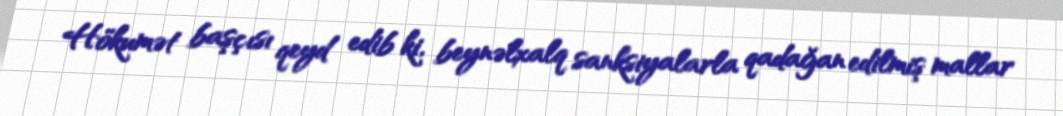
Hökumət başçısı qeyd edib ki, beynəlxalq sanksiyalarla qadağan edilmiş mallar